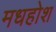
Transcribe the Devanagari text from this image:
मधहोश